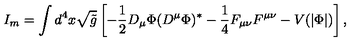
I _ { m } = \int d ^ { 4 } x \sqrt { { \tilde { g } } } \left[ - \frac { 1 } { 2 } D _ { \mu } \Phi ( D ^ { \mu } \Phi ) ^ { * } - \frac { 1 } { 4 } F _ { \mu \nu } F ^ { \mu \nu } - V ( | \Phi | ) \right] ,